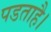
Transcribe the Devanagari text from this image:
पडताहै।